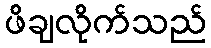
ဖိချလိုက်သည်